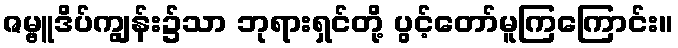
ဇမ္ဗူဒိပ်ကျွန်း၌သာ ဘုရားရှင်တို့ ပွင့်တော်မူကြကြောင်း။